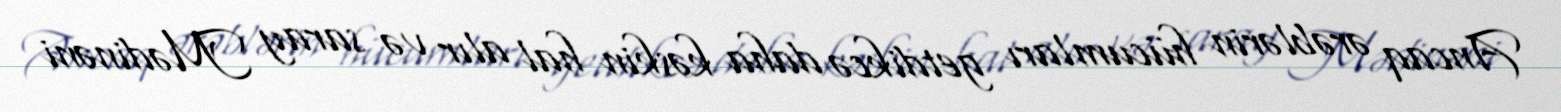
Ancaq ərəblərin hücumları getdikcə daha kəskin hal alır və saray Mədinəni